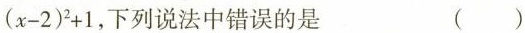
( x - 2 )^{2} + 1$$，下列说法中错误的是 ()